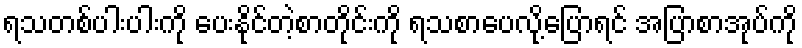
ရသတစ်ပါးပါးကို ပေးနိုင်တဲ့စာတိုင်းကို ရသစာပေလို့ပြောရင် အပြာစာအုပ်ကို